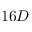
1 6 D